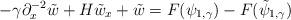
LaTeX: \begin{align*}-\gamma \partial_x^{-2} \tilde{w} +H\tilde{w}_x +\tilde{w} = F(\psi_{1,\gamma})- F(\tilde{\psi}_{1,\gamma})\end{align*}